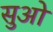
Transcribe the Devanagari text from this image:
सुओ